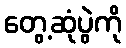
တွေ့ဆုံပွဲကို